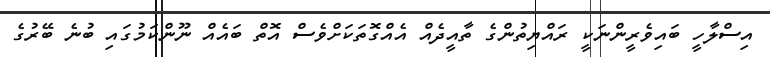
އިސްލާހީ ބައިވެރީންނަކީ ރައްޔިތުންގެ ތާއީދެއް އެއްގޮތަކަށްވެސް އޮތް ބައެއް ނޫންކަމުގައި ބުނެ ބޭރުގެ